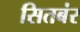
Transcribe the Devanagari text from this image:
सितबंर